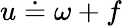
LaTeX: u\doteq\omega+f